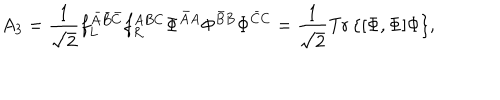
A _ { 3 } = \frac { 1 } { \sqrt { 2 } } f _ { L } ^ { \bar { A } \bar { B } \bar { C } } f _ { R } ^ { A B C } \Phi ^ { \bar { A } A } \Phi ^ { \bar { B } B } \Phi ^ { \bar { C } C } = \frac { 1 } { \sqrt { 2 } } \mathrm { T r \, } \{ [ \Phi , \Phi ] \Phi \} ,